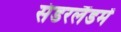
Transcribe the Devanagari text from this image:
संडरलैंडमें